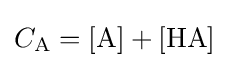
C_{\mathrm {A} }={[\mathrm {A} ]}+{[\mathrm {HA} ]}